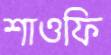
শাওফি